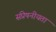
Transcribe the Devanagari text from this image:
संप्रेषनीयता